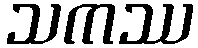
သကဿ